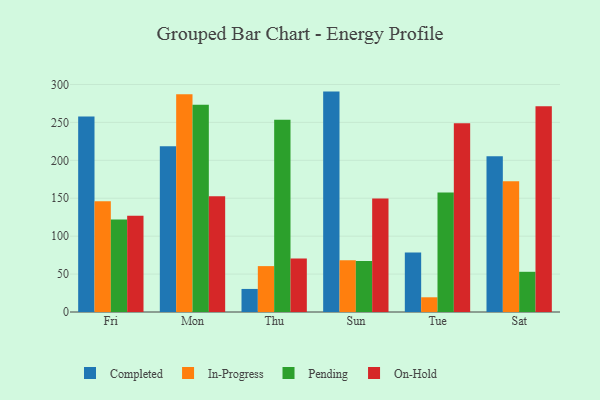
{"axis": {"x": "Day", "y": "Energy Usage (MWh)"}, "legend": ["Completed", "In-Progress", "On-Hold", "Pending"], "data": [{"x": "Fri", "y": 257.7, "type": "Completed"}, {"x": "Fri", "y": 146.0, "type": "In-Progress"}, {"x": "Fri", "y": 122.0, "type": "Pending"}, {"x": "Fri", "y": 127.0, "type": "On-Hold"}, {"x": "Mon", "y": 218.6, "type": "Completed"}, {"x": "Mon", "y": 287.1, "type": "In-Progress"}, {"x": "Mon", "y": 273.2, "type": "Pending"}, {"x": "Mon", "y": 152.7, "type": "On-Hold"}, {"x": "Thu", "y": 30.4, "type": "Completed"}, {"x": "Thu", "y": 60.5, "type": "In-Progress"}, {"x": "Thu", "y": 253.6, "type": "Pending"}, {"x": "Thu", "y": 70.7, "type": "On-Hold"}, {"x": "Sun", "y": 290.6, "type": "Completed"}, {"x": "Sun", "y": 68.2, "type": "In-Progress"}, {"x": "Sun", "y": 67.4, "type": "Pending"}, {"x": "Sun", "y": 149.7, "type": "On-Hold"}, {"x": "Tue", "y": 78.3, "type": "Completed"}, {"x": "Tue", "y": 19.4, "type": "In-Progress"}, {"x": "Tue", "y": 157.5, "type": "Pending"}, {"x": "Tue", "y": 248.9, "type": "On-Hold"}, {"x": "Sat", "y": 205.3, "type": "Completed"}, {"x": "Sat", "y": 172.4, "type": "In-Progress"}, {"x": "Sat", "y": 53.0, "type": "Pending"}, {"x": "Sat", "y": 271.2, "type": "On-Hold"}]}